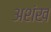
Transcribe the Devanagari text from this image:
अशंख